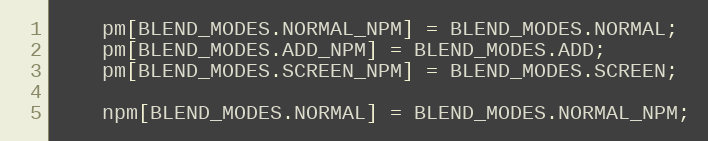
Language: JavaScript
    pm[BLEND_MODES.NORMAL_NPM] = BLEND_MODES.NORMAL;
    pm[BLEND_MODES.ADD_NPM] = BLEND_MODES.ADD;
    pm[BLEND_MODES.SCREEN_NPM] = BLEND_MODES.SCREEN;

    npm[BLEND_MODES.NORMAL] = BLEND_MODES.NORMAL_NPM;